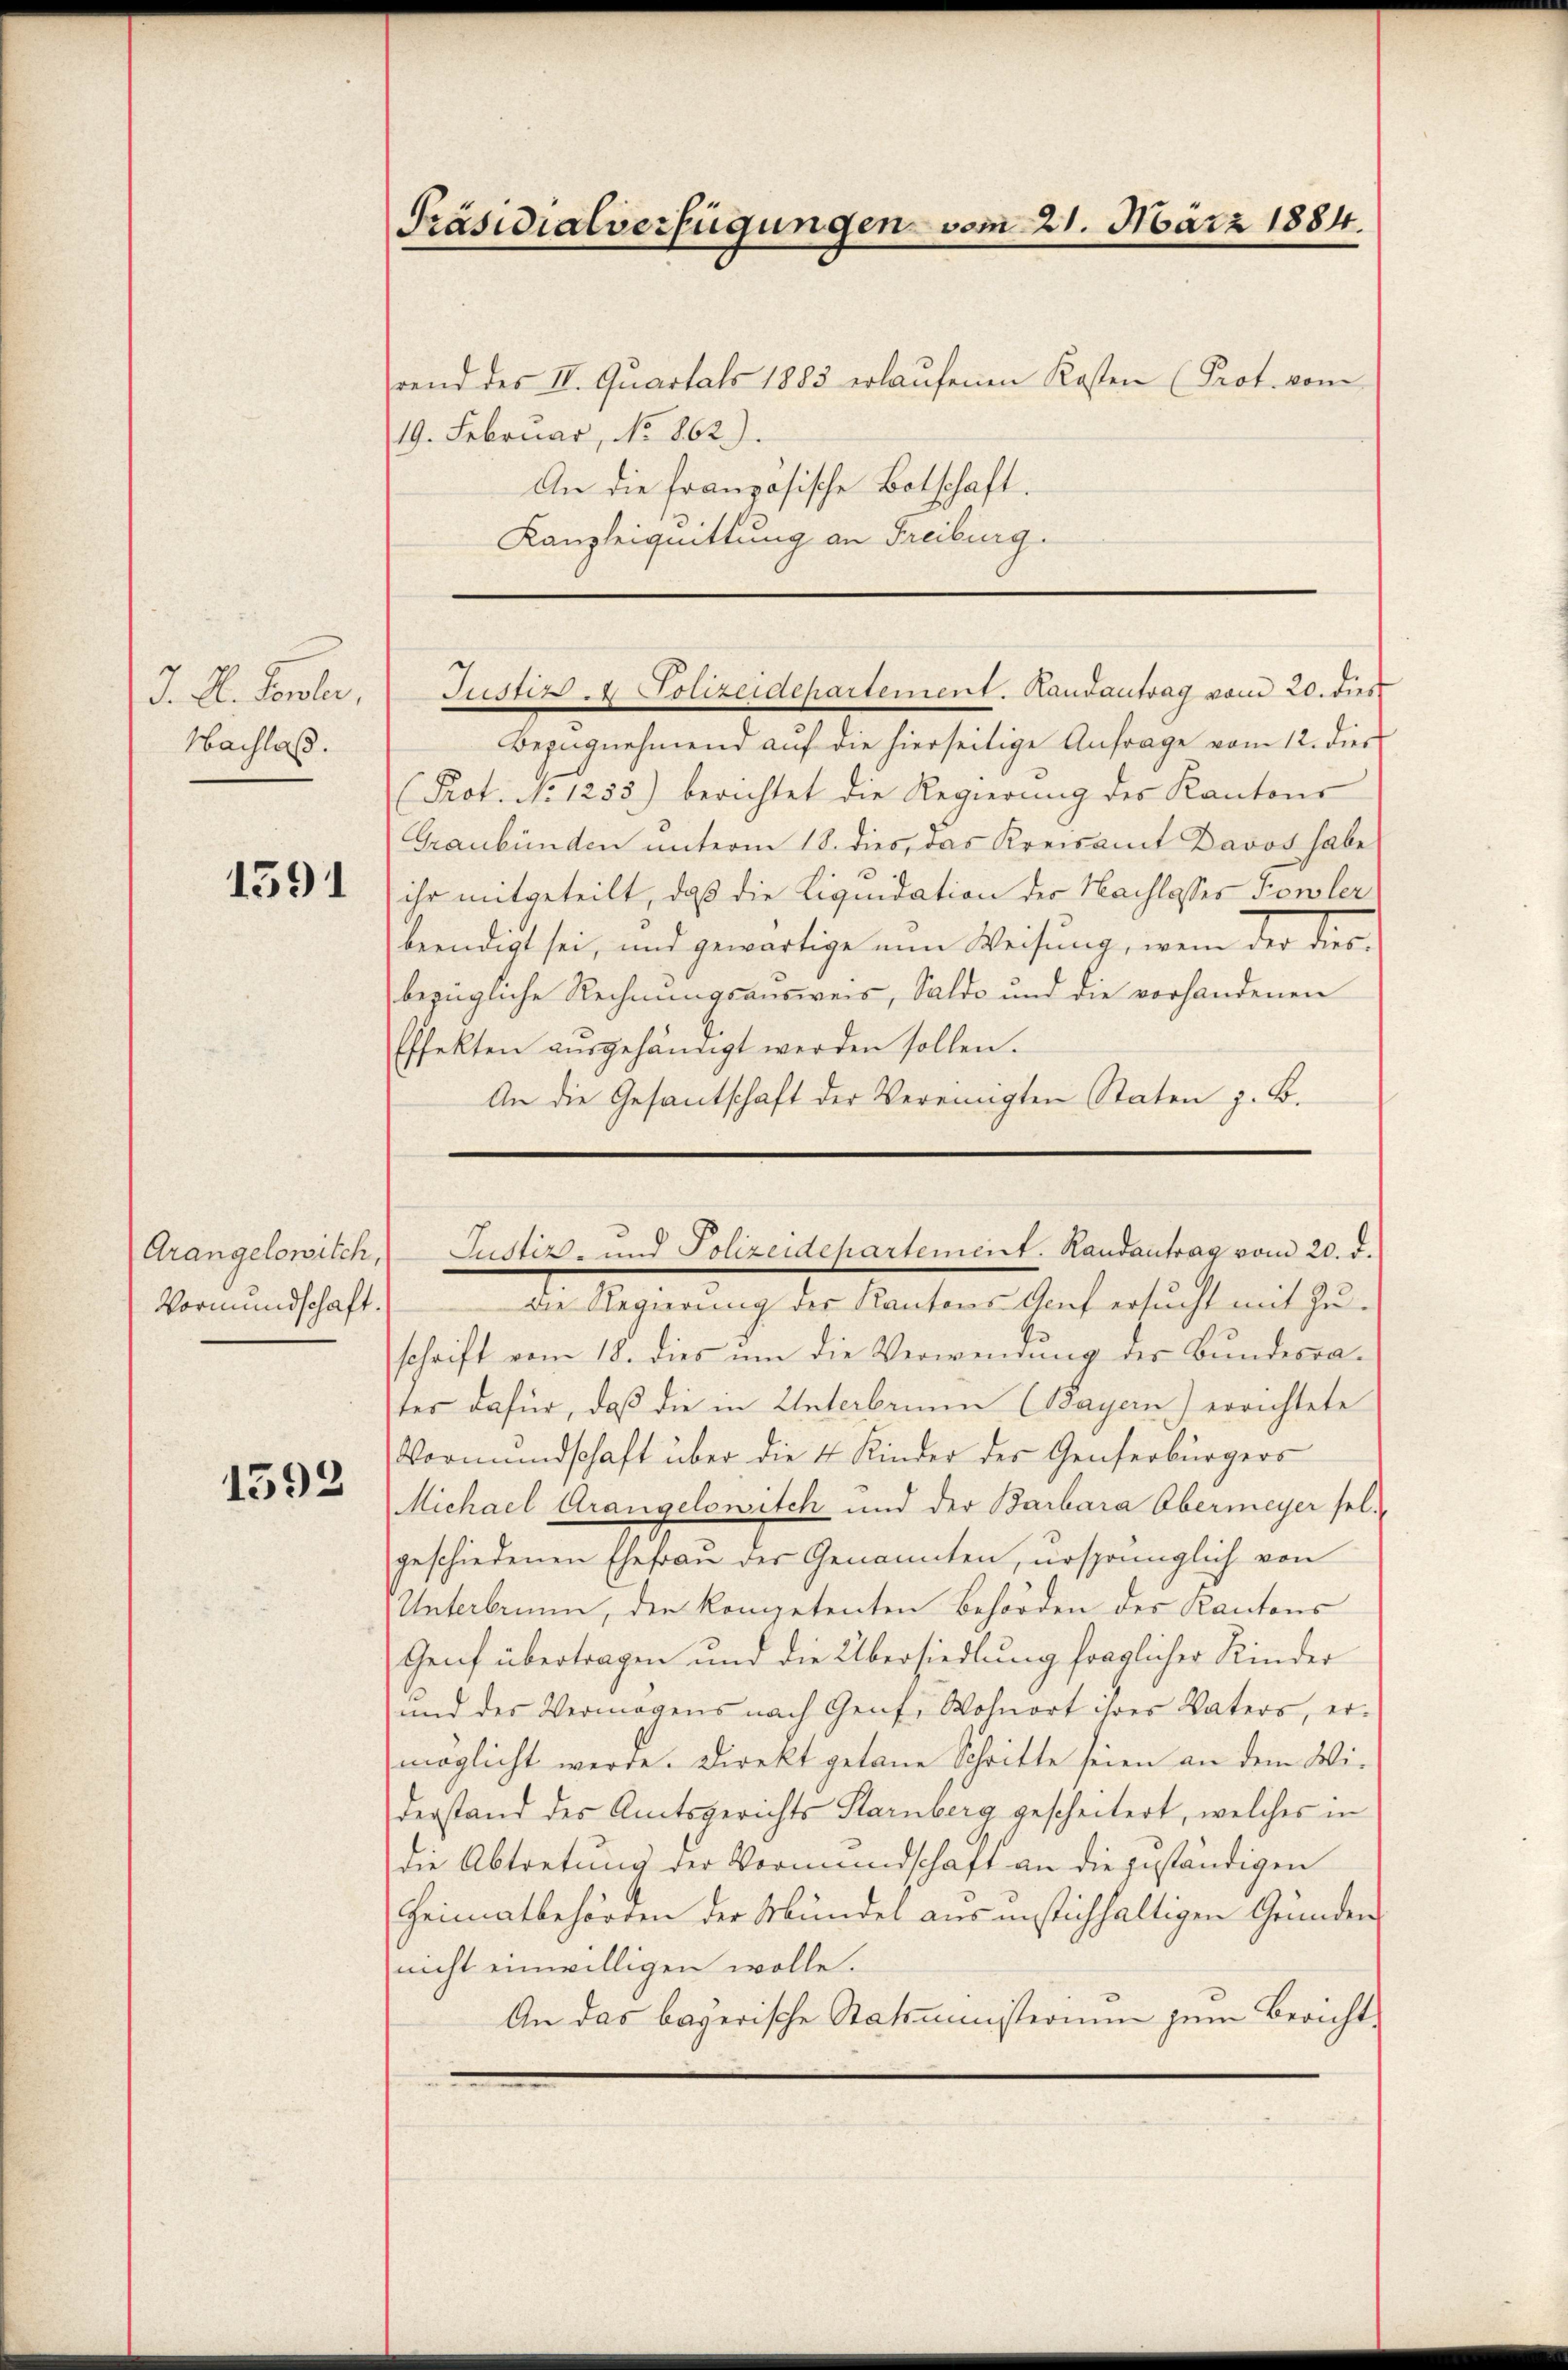
J. A. Borlar,
Nachlaß.

1591

Vormundschaft.

1592

Präsidialverfügungen vom 21. März 1884.

rend des II. Quartals 1883 erlaŭfenen Kosten (Prot. vom
19. Februar, No 862).
An die französische Botschaft.
Kanzleiquittung an Freiburg.

Bezugnehmend auf die hierseitige Anfrage vom 12. dies
(Kot. No 1255) berichtet die Regierŭng des Kantons
Graubünden unterm 18. dies, das Kreisamt Davos habe
ihr mitgeteilt, daß die Liquidation der Nachlasses Fowler
beendigt sei, und gewärtige nun Weisung, wenn der dies
bezügliche Rechnungsausweis, Saldo und die vorhandenen
Effekten ausgehändigt werden sollen.
An die Gesantschaft der Vereinigten Staten z. B.

Justiz & Polizeidepartement. Handantrag vom 20. dies

Die Regierung der Kantons Genf ersucht mit Zuschrift vom 18. dies ŭm die Verwendŭng des Bŭndesra-
ter dafür, daß die in Unterbrunn (Bayern) errichtete
Vormŭndschaft über die 4 Kinder des Genferbürgers
Michael Arangelowitch und der Barbara Obermeyer selgeschiedenen Ehefrau der Genannten, ursprünglich von
Unterbrunn, den kompetenten Behörden des Kantons
Genf übertragen und die Übersiedlung fraglicher Kinder
und der Vermögens nach Genf, Wohnort ihres Vaters, er-
möglicht werde. Direkt getane Schritte seien an dem Wi-
derstand des Amtsgerichts Starnberg gescheitert, welches in
die Abtretung der Vormundschaft an die zuständigen
Heimatbehörden der Mündel aus unstichhaltigen Gründen,
nicht einwilligen wolle.
An das bayerische Statsministerium zum Bericht¬

Grangelowilch, Justiz- und Polizeidepartement. Handantrag vom 20. d.